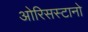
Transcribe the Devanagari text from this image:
ओरिसस्टानो